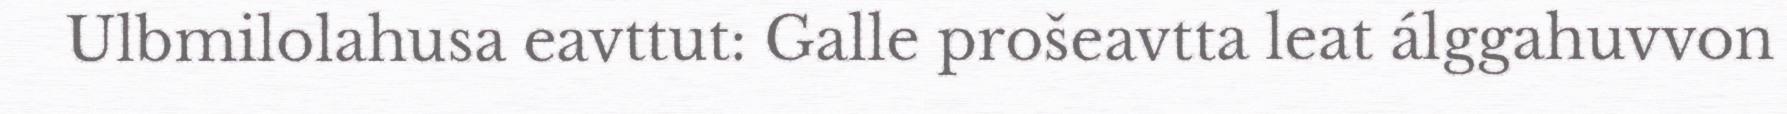
Ulbmilolahusa eavttut: Galle prošeavtta leat álggahuvvon